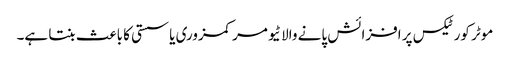
موٹر کورٹیکس پر افزائش پانے والا ٹیومر کمزوری یا سستی کا باعث بنتا ہے۔